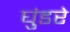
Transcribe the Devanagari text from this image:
घुंडरे